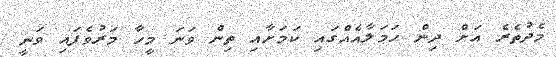
މެދުތެރެ އަށް ދިން ހަމަލާއެއްގައި ކަމަށާއި ތިން ވަނަ މީހާ މަރުވެފައި ވަނީ